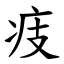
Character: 㽻